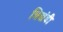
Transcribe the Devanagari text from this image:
त्रिखंडी